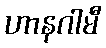
ဟာနဂါမီ